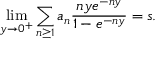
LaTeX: \operatorname* { l i m } _ { y \rightarrow 0 ^ { + } } \sum _ { n \geq 1 } a _ { n } { \frac { n y e ^ { - n y } } { 1 - e ^ { - n y } } } = s .